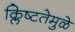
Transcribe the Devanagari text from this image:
क्लिष्टतेमुळे